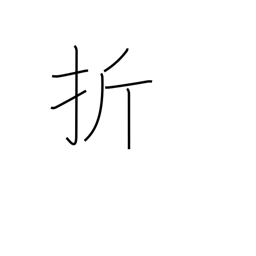
Meaning: submit